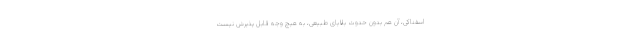
اسفناکی، آن هم بدون حدوث بلایای طبیعی، به هیچ وجه قابل پذیرش نیست